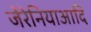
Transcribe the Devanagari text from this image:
जेरेनियाआदि